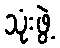
သုံးဖွဲ့